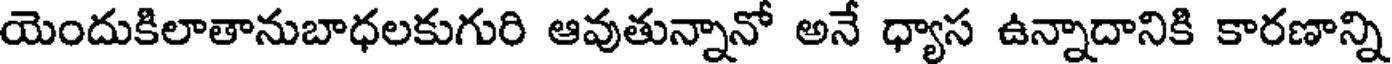
యెందుకిలాతానుబాధలకుగురి ఆవుతున్నానో అనే ధ్యాస ఉన్నాదానికి కారణాన్ని